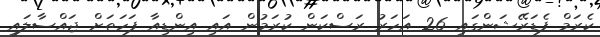
ކެރަމް ފެޑަރޭޝަންގައި 26 އަހަރު ރަސްކަން ކުރަމުން އައި އިންޑިއާ ފަހަތަށް ޖައްސާލައި